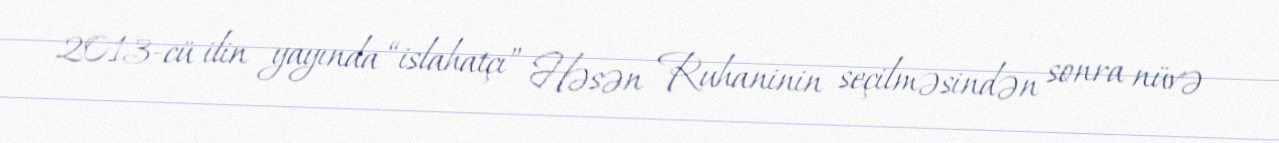
2013-cü ilin yayında “islahatçı” Həsən Ruhaninin seçilməsindən sonra nüvə